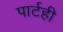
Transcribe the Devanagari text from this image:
पार्टही